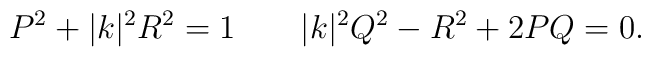
P^2+|k|^2R^2=1\qquad |k|^2 Q^2 -R^2+2PQ=0.